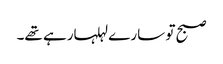
صبح تو سارے لہلہارہے تھے۔